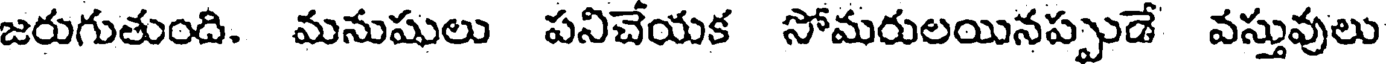
జరుగుతుంది. మనుషులు పనిచేయక సోమరులయినప్పుడే వస్తువులు